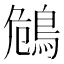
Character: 𪀗